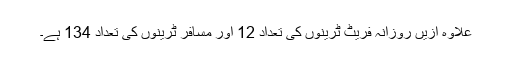
علاوہ ازیں روزانہ فریٹ ٹرینوں کی تعداد 12 اور مسافر ٹرینوں کی تعداد 134 ہے۔